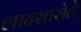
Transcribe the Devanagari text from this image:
लान्सारोते